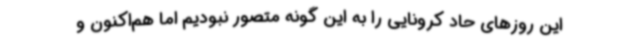
این روزهای حاد کرونایی را به این گونه متصور نبودیم اما هم‌اکنون و